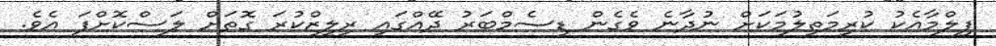
ފިލްމާއެކު ކުރިމަތިލުމަކަށް ނުދާނެ ވެގެން ޑިސެމްބަރު ދޭއްގައި ރިލީޒްކުރަ ގޮތަށް ލަސްކޮށްފަ އެވެ.